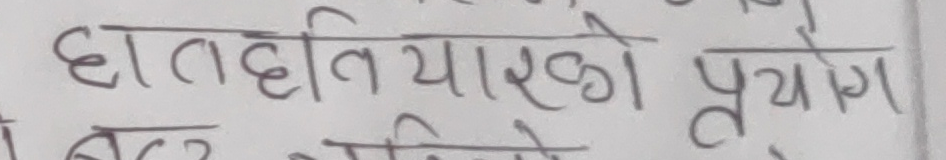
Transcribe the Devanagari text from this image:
हातहतियारको प्रयोग